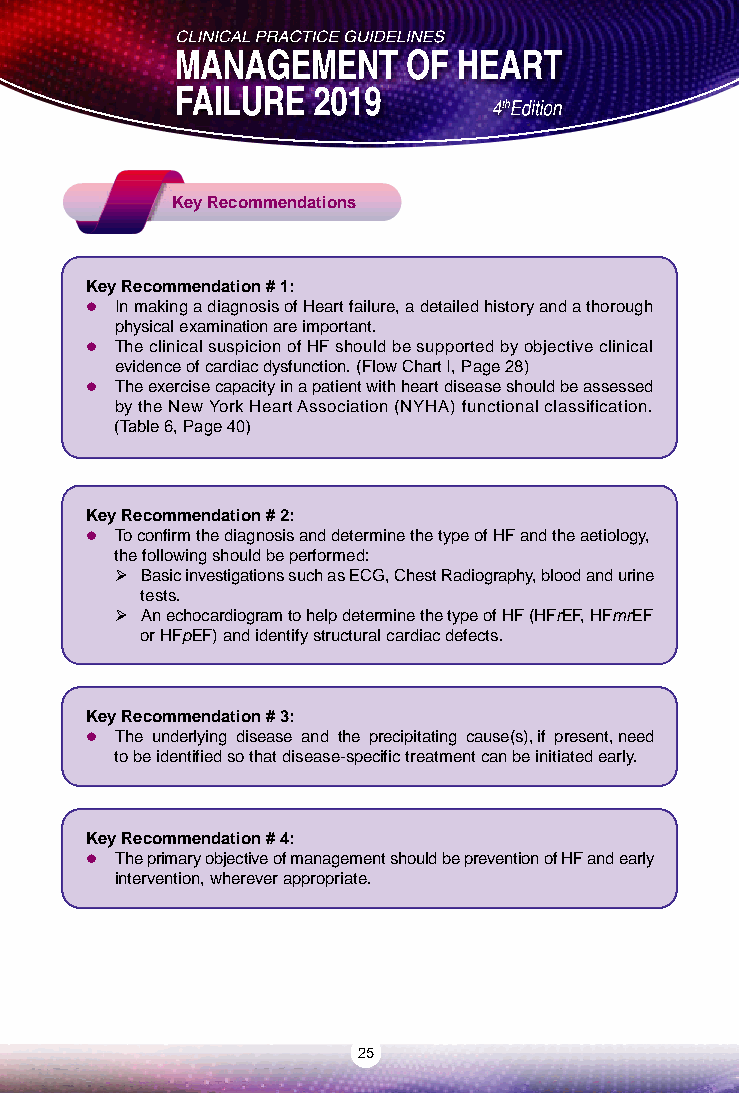
Key Recommendations
 Key Recommendation # 1:
  In making a diagnosis of Heart failure, a detailed history and a thorough
 physical examination are important.
  The clinical suspicion of HF should be supported by objective clinical
 evidence of cardiac dysfunction. (Flow Chart I, Page 28)
  The exercise capacity in a patient with heart disease should be assessed
 by the New York Heart Association (NYHA) functional classification.
 (Table 6, Page 40)
 Key Recommendation # 2:
  To confirm the diagnosis and determine the type of HF and the aetiology,
 the following should be performed:
  Basic investigations such as ECG, Chest Radiography, blood and urine
 tests.
  An echocardiogram to help determine the type of HF (HFrEF, HFmrEF
 or HFpEF) and identify structural cardiac defects.
 Key Recommendation # 3:
  The underlying disease and the precipitating cause(s), if present, need
 to be identified so that disease-specific treatment can be initiated early.
 Key Recommendation # 4:
  The primary objective of management should be prevention of HF and early
 intervention, wherever appropriate.
 25